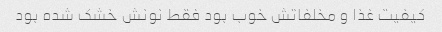
کیفیت غذا و مخلفاتش خوب بود فقط نونش خشک شده بود